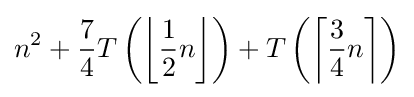
n^{2}+{\frac {7}{4}}T\left(\left\lfloor {\frac {1}{2}}n\right\rfloor \right)+T\left(\left\lceil {\frac {3}{4}}n\right\rceil \right)